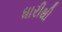
ધારીથી